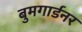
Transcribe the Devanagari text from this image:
बुमगार्डनर